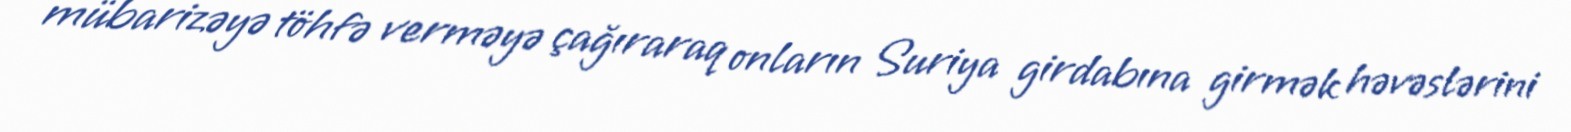
mübarizəyə töhfə verməyə çağıraraq onların Suriya girdabına girmək həvəslərini